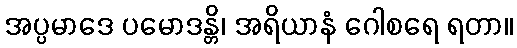
အပ္ပမာဒေ ပမောဒန္တိ၊ အရိယာနံ ဂေါစရေ ရတာ။